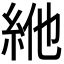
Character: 𥿞